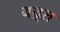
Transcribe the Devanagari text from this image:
बढ़्त